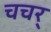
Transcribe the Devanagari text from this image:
चचर्